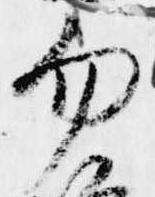
勿